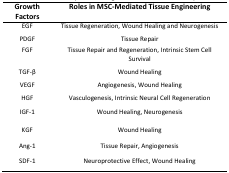
<table><thead><tr><td><b>Growth Factors</b></td><td><b>Roles in MSC-Mediated Tissue Engineering</b></td></tr></thead><tbody><tr><td>EGF</td><td>Tissue Regeneration, Wound Healing and Neurogenesis</td></tr><tr><td>PDGF</td><td>Tissue Repair</td></tr><tr><td>FGF</td><td>Tissue Repair and Regeneration, Intrinsic Stem Cell Survival</td></tr><tr><td>TGF-β</td><td>Wound Healing</td></tr><tr><td>VEGF</td><td>Angiogenesis, Wound Healing</td></tr><tr><td>HGF</td><td>Vasculogenesis, Intrinsic Neural Cell Regeneration</td></tr><tr><td>IGF-1</td><td>Wound Healing, Neurogenesis</td></tr><tr><td>KGF</td><td>Wound Healing</td></tr><tr><td>Ang-1</td><td>Tissue Repair, Angiogenesis</td></tr><tr><td>SDF-1</td><td>Neuroprotective Effect, Wound Healing</td></tr></tbody></table>